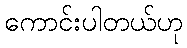
ကောင်းပါတယ်ဟု